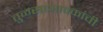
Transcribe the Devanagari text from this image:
तुळसाआक्कांची